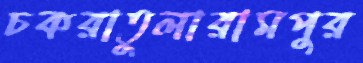
চকরাতুলারামপুর